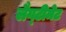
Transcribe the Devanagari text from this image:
लैग्टीमेट